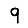
Digit: 9